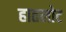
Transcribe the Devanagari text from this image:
हातलोट